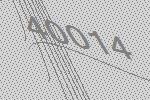
40014